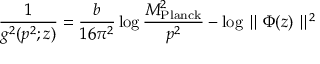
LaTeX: { \frac { 1 } { g ^ { 2 } ( p ^ { 2 } ; z ) } } = { \frac { b } { 1 6 \pi ^ { 2 } } } \log { \frac { M _ { \mathrm { P l a n c k } } ^ { 2 } } { p ^ { 2 } } } - \log \parallel \Phi ( z ) \parallel ^ { 2 }